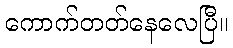
ကောက်တတ်နေလေပြီ။